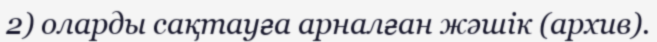
2) оларды сақтауға арналған жәшік (архив).